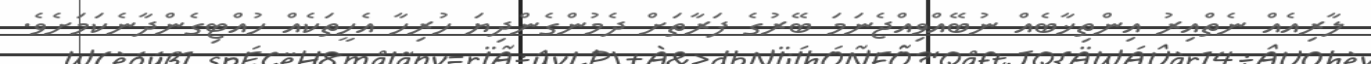
ލާރިއެއް ނެތްއިރު އިންތިޚާބެއް ނުބޭއްވިއްޖެނަމަ ބޭރުގެ ފަރާތަށް ދެމުންގެންދިޔަ ހުރިހާ އެހީތަކެއް ހުއްޓިގެންދާނެކަމަށެވެ.